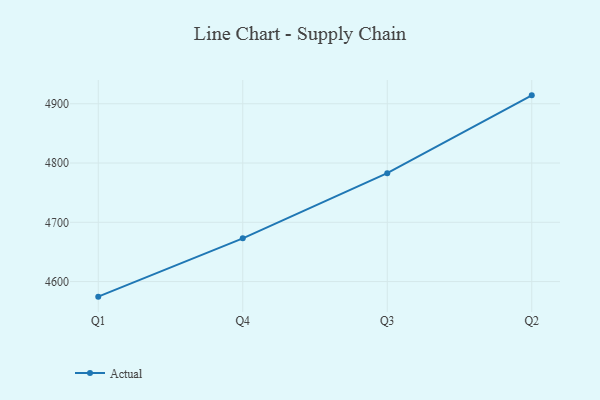
{"axis": {"x": "Quarter", "y": "Demand Index"}, "legend": ["Actual"], "data": [{"x": "Q1", "y": 4574.6, "type": "Actual"}, {"x": "Q4", "y": 4673.0, "type": "Actual"}, {"x": "Q3", "y": 4782.9, "type": "Actual"}, {"x": "Q2", "y": 4914.2, "type": "Actual"}]}